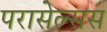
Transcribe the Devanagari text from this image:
परासेल्सस